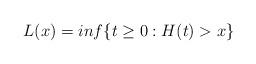
LaTeX: \begin{align*}L(x)=inf\{t \geq 0:H(t)>x\}\end{align*}